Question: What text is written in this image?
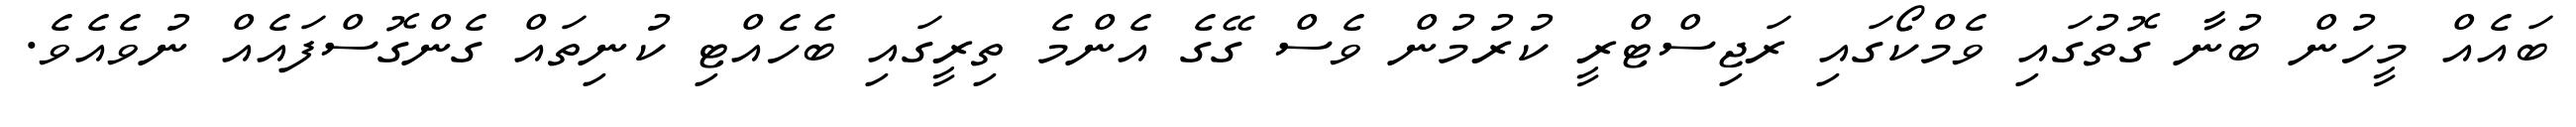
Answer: ބައެއް މީހުން ބުނާ ގޮތުގައި ވެމްކޯގައި ރަޖިސްޓްރީ ކުރުމުން ވެސް ގޭގެ އެންމެ ތިރީގައި ބެހެއްޓި ކުނިތައް ގެންގޮސްފައެއް ނުވެއެވެ.